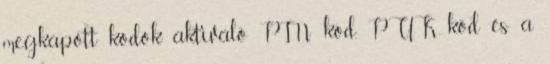
megkapott kódok aktiváló PIN kód, PUK kód és a